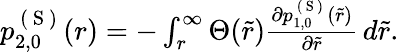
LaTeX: \begin{array}{r}{p_{2,0}^{\mathrm{~(~S~)~}}(r)=-\int_{r}^{\infty}\Theta(\tilde{r})\frac{\partial p_{1,0}^{\mathrm{~(~S~)~}}(\tilde{r})}{\partial\tilde{r}}\, d\tilde{r}.}\end{array}